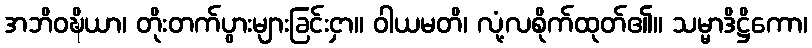
အဘိဝဍ္ဎိယာ၊ တိုးတက်ပွားများခြင်းငှာ။ ဝါယမတိ၊ လုံ့လစိုက်ထုတ်၏။ သမ္မာဒိဋ္ဌိကော၊